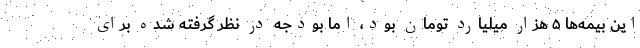
این بیمه‌ها ۵ هزار میلیارد تومان بود، اما بودجه در نظر گرفته شده برای